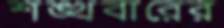
শঙ্খবারের